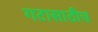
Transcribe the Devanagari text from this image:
गटासाठीच